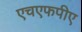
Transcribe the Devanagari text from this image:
एचएफपीए